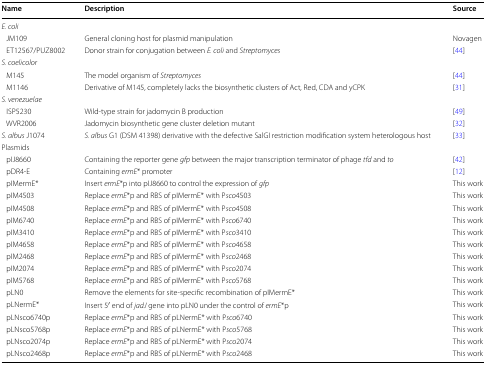
<table><thead><tr><td><b>Name</b></td><td><b>Description</b></td><td><b>Source</b></td></tr></thead><tbody><tr><td colspan="3"><i>E. coli</i></td></tr><tr><td> JM109</td><td>General cloning host for plasmid manipulation</td><td>Novagen</td></tr><tr><td> ET12567/PUZ8002</td><td>Donor strain for conjugation between <i>E. coli</i> and <i>Streptomyces</i></td><td>[44]</td></tr><tr><td colspan="3"><i>S. coelicolor</i></td></tr><tr><td> M145</td><td>The model organism of <i>Streptomyces</i></td><td>[44]</td></tr><tr><td> M1146</td><td>Derivative of M145, completely lacks the biosynthetic clusters of Act, Red, CDA and yCPK</td><td>[31]</td></tr><tr><td colspan="3"><i>S. venezuelae</i></td></tr><tr><td> ISP5230</td><td>Wild-type strain for jadomycin B production</td><td>[49]</td></tr><tr><td> WVR2006</td><td>Jadomycin biosynthetic gene cluster deletion mutant</td><td>[32]</td></tr><tr><td><i>S. albus</i> J1074</td><td><i>S. albus</i> G1 (DSM 41398) derivative with the defective SalGI restriction modification system heterologous host</td><td>[33]</td></tr><tr><td colspan="3">Plasmids</td></tr><tr><td> pIJ8660</td><td>Containing the reporter gene <i>gfp</i> between the major transcription terminator of phage <i>tfd</i> and <i>to</i></td><td>[42]</td></tr><tr><td> pDR4-E</td><td>Containing <i>ermE</i>* promoter</td><td>[12]</td></tr><tr><td> pIMermE*</td><td>Insert <i>ermE</i>*p into pIJ8660 to control the expression of <i>gfp</i></td><td>This work</td></tr><tr><td> pIM4503</td><td>Replace <i>ermE</i>*p and RBS of pIMermE* with P<i>sco</i>4503</td><td>This work</td></tr><tr><td> pIM4508</td><td>Replace <i>ermE</i>*p and RBS of pIMermE* with P<i>sco</i>4508</td><td>This work</td></tr><tr><td> pIM6740</td><td>Replace <i>ermE</i>*p and RBS of pIMermE* with P<i>sco</i>6740</td><td>This work</td></tr><tr><td> pIM3410</td><td>Replace <i>ermE</i>*p and RBS of pIMermE* with P<i>sco</i>3410</td><td>This work</td></tr><tr><td> pIM4658</td><td>Replace <i>ermE</i>*p and RBS of pIMermE* with P<i>sco</i>4658</td><td>This work</td></tr><tr><td> pIM2468</td><td>Replace <i>ermE</i>*p and RBS of pIMermE* with P<i>sco</i>2468</td><td>This work</td></tr><tr><td> pIM2074</td><td>Replace <i>ermE</i>*p and RBS of pIMermE* with P<i>sco</i>2074</td><td>This work</td></tr><tr><td> pIM5768</td><td>Replace <i>ermE</i>*p and RBS of pIMermE* with P<i>sco</i>5768</td><td>This work</td></tr><tr><td> pLN0</td><td>Remove the elements for site-specific recombination of pIMermE*</td><td>This work</td></tr><tr><td> pLNermE*</td><td>Insert 5′ end of <i>jadJ</i> gene into pLN0 under the control of <i>ermE</i>*p</td><td>This work</td></tr><tr><td> pLNsco6740p</td><td>Replace <i>ermE</i>*p and RBS of pLNermE* with P<i>sco</i>6740</td><td>This work</td></tr><tr><td> pLNsco5768p</td><td>Replace <i>ermE</i>*p and RBS of pLNermE* with P<i>sco</i>5768</td><td>This work</td></tr><tr><td> pLNsco2074p</td><td>Replace <i>ermE</i>*p and RBS of pLNermE* with P<i>sco</i>2074</td><td>This work</td></tr><tr><td> pLNsco2468p</td><td>Replace <i>ermE</i>*p and RBS of pLNermE* with P<i>sco</i>2468</td><td>This work</td></tr></tbody></table>